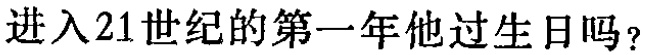
进入21世纪的第一年他过生日吗？